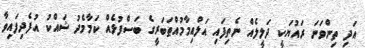
އަދި ތިންވަނަ ރައުޔަކީ ދަލީލެއް ނެތިފައި އަލްއިމާމުއްޠަބަރީގެ ބަސްފުޅެއް ކަމާމެެދު ޝައްކު އުފެދިފައިވާ